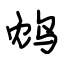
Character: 鸩